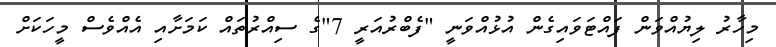
މިހާރު ލިޔުއްވަން ފައްޓަވައިގެން އުޅުއްވަނީ "ފެބްރުއަރީ 7"ގެ ސިއްރުތައް ކަމަށާއި އެއްވެސް މީހަކަށް